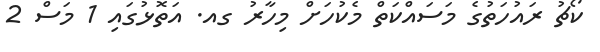
ކޯޗު ރައުހަތުގެ މަސައްކަތް މެކުހަށް މިހާރު ގއ. އަތޮޅުގައި 1 މަސް 2